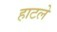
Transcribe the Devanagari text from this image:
हाटले